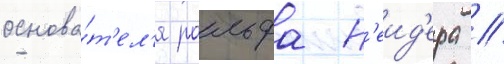
основа́т'ел'я ральфа н'еид'ера /